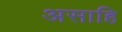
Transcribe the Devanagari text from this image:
असाहि